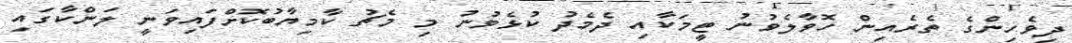
ދިވެހިންގެ ތެރެއިން ހޮވާލެވުނު ޓީމަކާއި ދެމެދު ކުޅެވުނު މި މެޗު ކާމިޔާބުކޮށްފައިވަނީ ލަންކާގައި